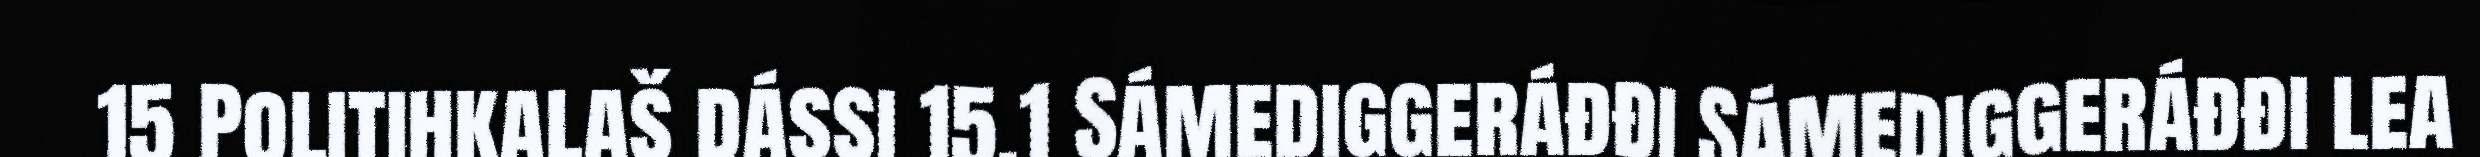
15 Politihkalaš dássi 15.1 Sámediggeráđđi Sámediggeráđđi lea